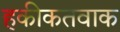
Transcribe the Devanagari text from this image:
हकीकतवाक